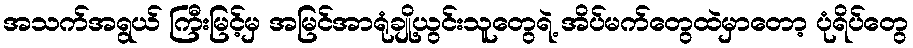
အသက်အရွယ် ကြီးမြင့်မှ အမြင်အာရုံချို့ယွင်းသူတွေရဲ့ အိပ်မက်တွေထဲမှာတော့ ပုံရိပ်တွေ